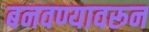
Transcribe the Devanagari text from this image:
बनवण्यावरून